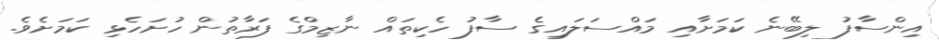
އިންސާފު ލިބޭނެ ކަމަށާއި މައްސަލައިގެ ސާފު ހެކިތައް ނާޒިމްގެ ފަރާތުން ހުށަހެޅި ކަމަށެވެ.